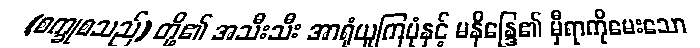
(စက္ခုစသည်) တို့၏ အသီးသီး အာရုံယူကြပုံနှင့် မနိန္ဒြေ၏ မှီရာကိုမေးသော